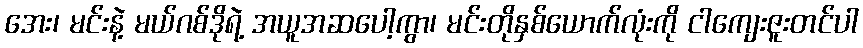
အေး၊ မင်းနဲ့ မယ်ဂစ်ဒိုရဲ့ အယူအဆပေါ့ကွာ၊ မင်းတိုနှစ်ယောက်လုံးကို ငါကျေးဇူးတင်ပါ